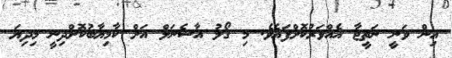
އިން ވަނީ ނަތީޖާ އެއްވަރުކޮށްފައެވެ. މި ގޯލު އާސެނަލް އަށް ކާމިޔާބުކޮށްދިނީ މިދިޔަ